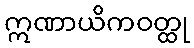
ဣဏာယိကဝတ္ထု